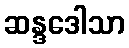
ဆန္ဒဒေါသာ